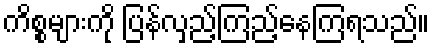
ကိစ္စများကို ပြန်လှည့်ကြည့်နေကြရသည်။